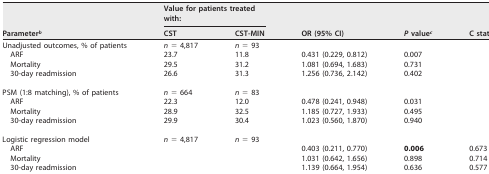
<table><thead><tr><td rowspan="2"><b>Parameter<sup><i>b</i></sup></b></td><td colspan="2"><b>Value for patients treated with:</b></td><td rowspan="2"><b>OR (95% CI)</b></td><td rowspan="2"><b><i>P</i> value<sup><i>c</i></sup></b></td><td rowspan="2"><b>C statistic</b></td></tr><tr><td><b>CST</b></td><td><b>CST-MIN</b></td></tr></thead><tbody><tr><td>Unadjusted outcomes, % of patients</td><td><i>n</i> = 4,817</td><td><i>n</i> = 93</td><td></td><td></td><td></td></tr><tr><td>ARF</td><td>23.7</td><td>11.8</td><td>0.431 (0.229, 0.812)</td><td>0.007</td><td></td></tr><tr><td>Mortality</td><td>29.5</td><td>31.2</td><td>1.081 (0.694, 1.683)</td><td>0.731</td><td></td></tr><tr><td>30-day readmission</td><td>26.6</td><td>31.3</td><td>1.256 (0.736, 2.142)</td><td>0.402</td><td></td></tr><tr><td>PSM (1:8 matching), % of patients</td><td><i>n</i> = 664</td><td><i>n</i> = 83</td><td></td><td></td><td></td></tr><tr><td>ARF</td><td>22.3</td><td>12.0</td><td>0.478 (0.241, 0.948)</td><td>0.031</td><td></td></tr><tr><td>Mortality</td><td>28.9</td><td>32.5</td><td>1.185 (0.727, 1.933)</td><td>0.495</td><td></td></tr><tr><td>30-day readmission</td><td>29.9</td><td>30.4</td><td>1.023 (0.560, 1.870)</td><td>0.940</td><td></td></tr><tr><td>Logistic regression model</td><td><i>n</i> = 4,817</td><td><i>n</i> = 93</td><td></td><td></td><td></td></tr><tr><td>ARF</td><td></td><td></td><td>0.403 (0.211, 0.770)</td><td><b>0.006</b></td><td>0.673</td></tr><tr><td>Mortality</td><td></td><td></td><td>1.031 (0.642, 1.656)</td><td>0.898</td><td>0.714</td></tr><tr><td>30-day readmission</td><td></td><td></td><td>1.139 (0.664, 1.954)</td><td>0.636</td><td>0.577</td></tr></tbody></table>